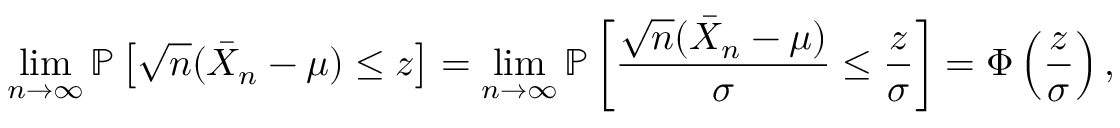
\operatorname* { l i m } _ { n \to \infty } \mathbb { P } \left[ { \sqrt { n } } ( { \bar { X } } _ { n } - \mu ) \leq z \right] = \operatorname* { l i m } _ { n \to \infty } \mathbb { P } \left[ { \frac { { \sqrt { n } } ( { \bar { X } } _ { n } - \mu ) } { \sigma } } \leq { \frac { z } { \sigma } } \right] = \Phi \left( { \frac { z } { \sigma } } \right) ,